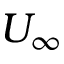
U _ { \infty }